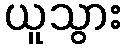
ယူသွား